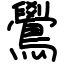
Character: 鷽